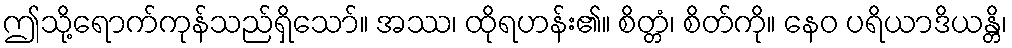
ဤသို့ရောက်ကုန်သည်ရှိသော်။ အဿ၊ ထိုရဟန်း၏။ စိတ္တံ၊ စိတ်ကို။ နေဝ ပရိယာဒိယန္တိ၊